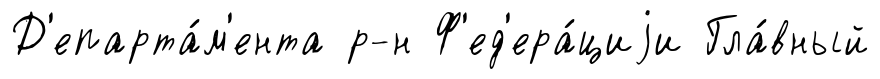
Д'епарта́м'ента р-н Ф'ед'ера́циjи Гла́вный